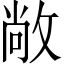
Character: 敞